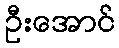
ဦးအောင်